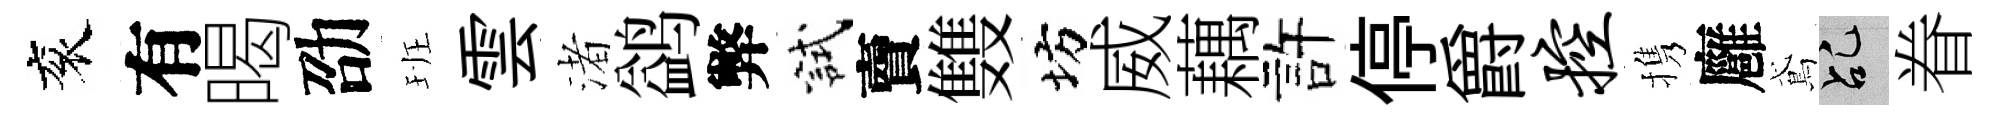
衮有暍劭班雲渚鹢弊試𧶠䨇坊威藕許停爵控携廱鳶乩眷